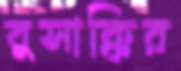
বুসাক্কির